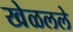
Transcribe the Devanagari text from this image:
खेळलले